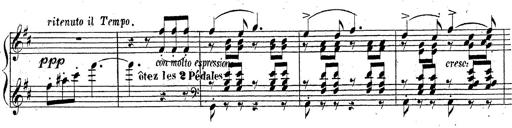
Title: Grande fantaisie sur la tyrolienne de l'opÃ©ra
Composer: Franz Liszt
Key: A major